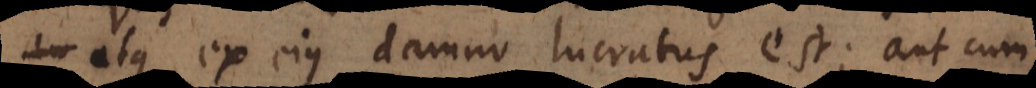
atque ex ejus damno lucratus est; aut cum